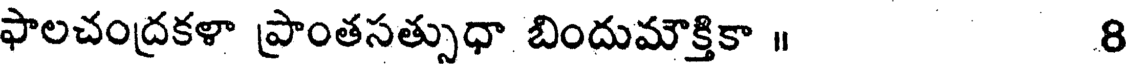
ఫాలచంద్రకళా ప్రాంతసత్సుధా బిందుమౌక్తికా ॥ 8